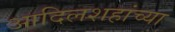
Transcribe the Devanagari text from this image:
आदिलशहांच्या